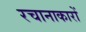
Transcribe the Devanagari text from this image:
रचानाकारों